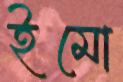
ইমো